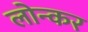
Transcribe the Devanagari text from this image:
लोन्कर